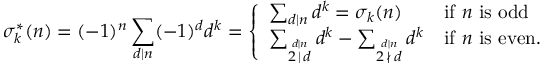
\sigma _ { k } ^ { * } ( n ) = ( - 1 ) ^ { n } \sum _ { d \mid n } ( - 1 ) ^ { d } d ^ { k } = { \left\{ \begin{array} { l l } { \sum _ { d \mid n } d ^ { k } = \sigma _ { k } ( n ) } & { { \mathrm { i f ~ } } n { \mathrm { ~ i s ~ o d d ~ } } } \\ { \sum _ { \stackrel { d \mid n } { 2 \, \mid \, d } } d ^ { k } - \sum _ { \stackrel { d \mid n } { 2 \, \nmid \, d } } d ^ { k } } & { { \mathrm { i f ~ } } n { \mathrm { ~ i s ~ e v e n } } . } \end{array} \right. }